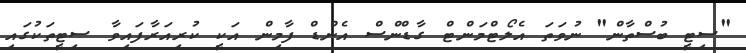
"ސިޓީ ބުސްތާން" ނުވަތަ އެލޯޓްމަންޓް ގާޑްންސް އެންޑް ފާމިން އަކީ ކުރިއަރާފައިވާ ސިޓީތަކުގައި